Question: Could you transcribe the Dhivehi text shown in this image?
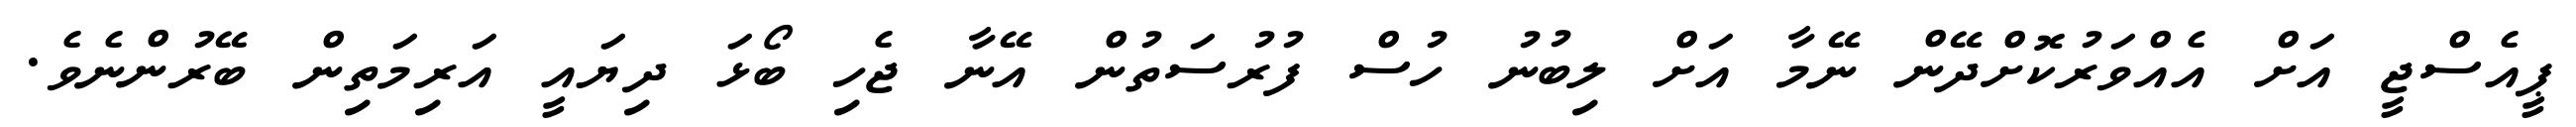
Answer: ޕީއެސްޖީ އަށް އެއްވަރުކޮށްދޭން ނޭމާ އަށް ލިބުނު ހުސް ފުރުސަތުން އޭނާ ޖެހި ބޯޅަ ދިޔައީ އަރިމަތިން ބޭރުންނެވެ.